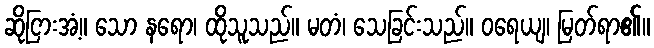
ဆိုငြားအံ့။ သော နရော၊ ထိုသူသည်။ မတံ၊ သေခြင်းသည်။ ဝရေယျ၊ မြတ်ရာ၏။